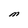
Character: M